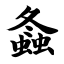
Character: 螽